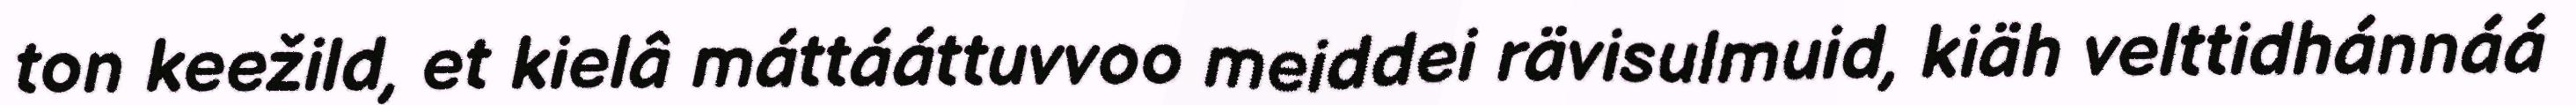
ton keežild, et kielâ máttááttuvvoo meiddei rävisulmuid, kiäh velttidhánnáá